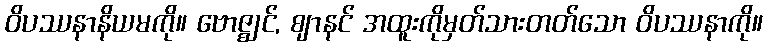
ဝိပဿနာနိယမကို။ ဗောဇ္ဈင်, ဈာနင် အထူးကိုမှတ်သားတတ်သော ဝိပဿနာကို။